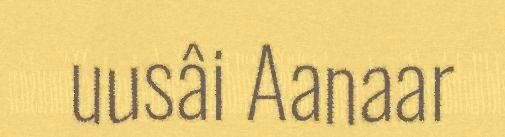
uusâi Aanaar